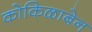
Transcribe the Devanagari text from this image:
कोकिळाबेन